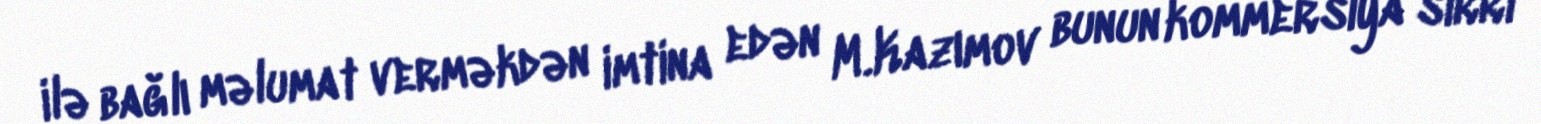
ilə bağlı məlumat verməkdən imtina edən M.Kazımov bunun kommersiya sirri